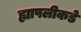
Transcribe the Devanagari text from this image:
ह्यापलीकडे